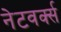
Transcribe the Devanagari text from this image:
नेटवर्क्‍स